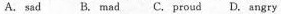
A.sad B. Mad C. Proud D. Angry